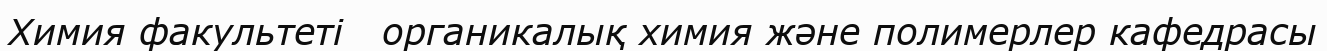
Химия факультеті   органикалық химия және полимерлер кафедрасы